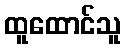
ထူထောင်သူ